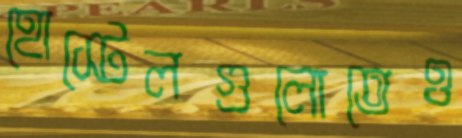
হোস্টেলগুলোতেও